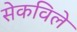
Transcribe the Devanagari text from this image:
सेकविले